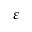
\varepsilon